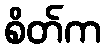
စိတ်က